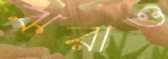
ঝরাও